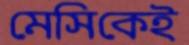
মেসিকেই